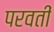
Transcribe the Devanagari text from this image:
परवतीं